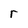
Character: r